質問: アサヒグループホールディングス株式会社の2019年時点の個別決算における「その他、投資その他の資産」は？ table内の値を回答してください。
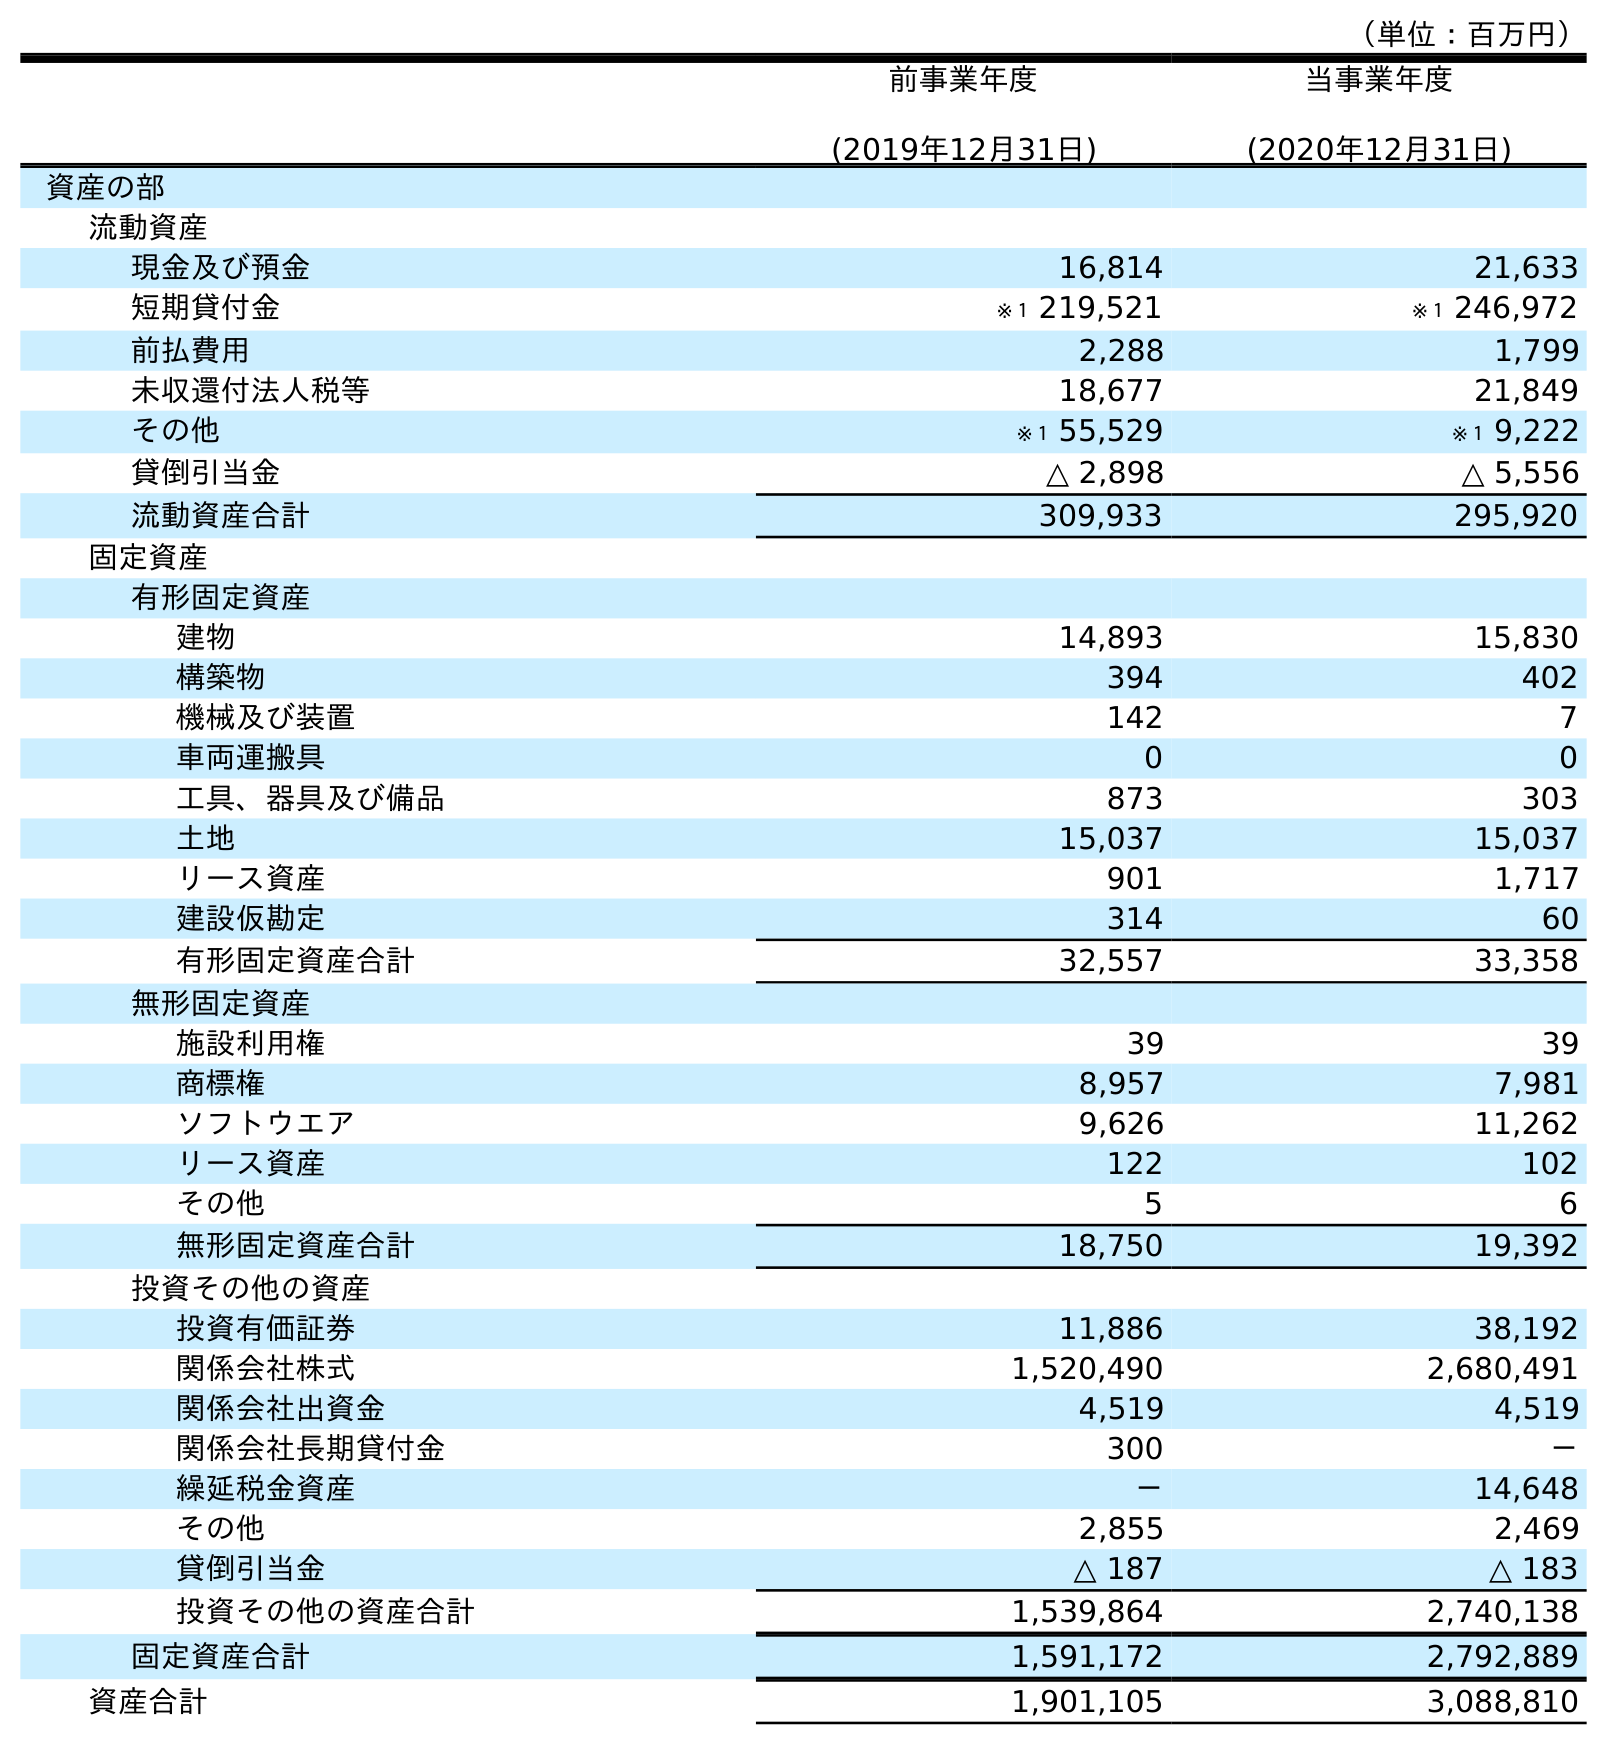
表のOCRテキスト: （単位：百万円） 前事業年度 (2019年12月31日) 当事業年度 (2020年12月31日) 資産の部 流動資産 現金及び預金 16,814 21,633 短期貸付金 ※１ 219,521 ※１ 246,972 前払費用 2,288 1,799 未収還付法人税等 18,677 21,849 その他 ※１ 55,529 ※１ 9,222 貸倒引当金 △ 2,898 △ 5,556 流動資産合計 309,933 295,920 固定資産 有形固定資産 建物 14,893 15,830 構築物 394 402 機械及び装置 142 7 車両運搬具 0 0 工具、器具及び備品 873 303 土地 15,037 15,037 リース資産 901 1,717 建設仮勘定 314 60 有形固定資産合計 32,557 33,358 無形固定資産 施設利用権 39 39 商標権 8,957 7,981 ソフトウエア 9,626 11,262 リース資産 122 102 その他 5 6 無形固定資産合計 18,750 19,392 投資その他の資産 投資有価証券 11,886 38,192 関係会社株式 1,520,490 2,680,491 関係会社出資金 4,519 4,519 関係会社長期貸付金 300 － 繰延税金資産 － 14,648 その他 2,855 2,469 貸倒引当金 △ 187 △ 183 投資その他の資産合計 1,539,864 2,740,138 固定資産合計 1,591,172 2,792,889 資産合計 1,901,105 3,088,810
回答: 2,855